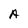
Character: A